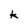
Character: k